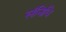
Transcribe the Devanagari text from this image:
संनिधि